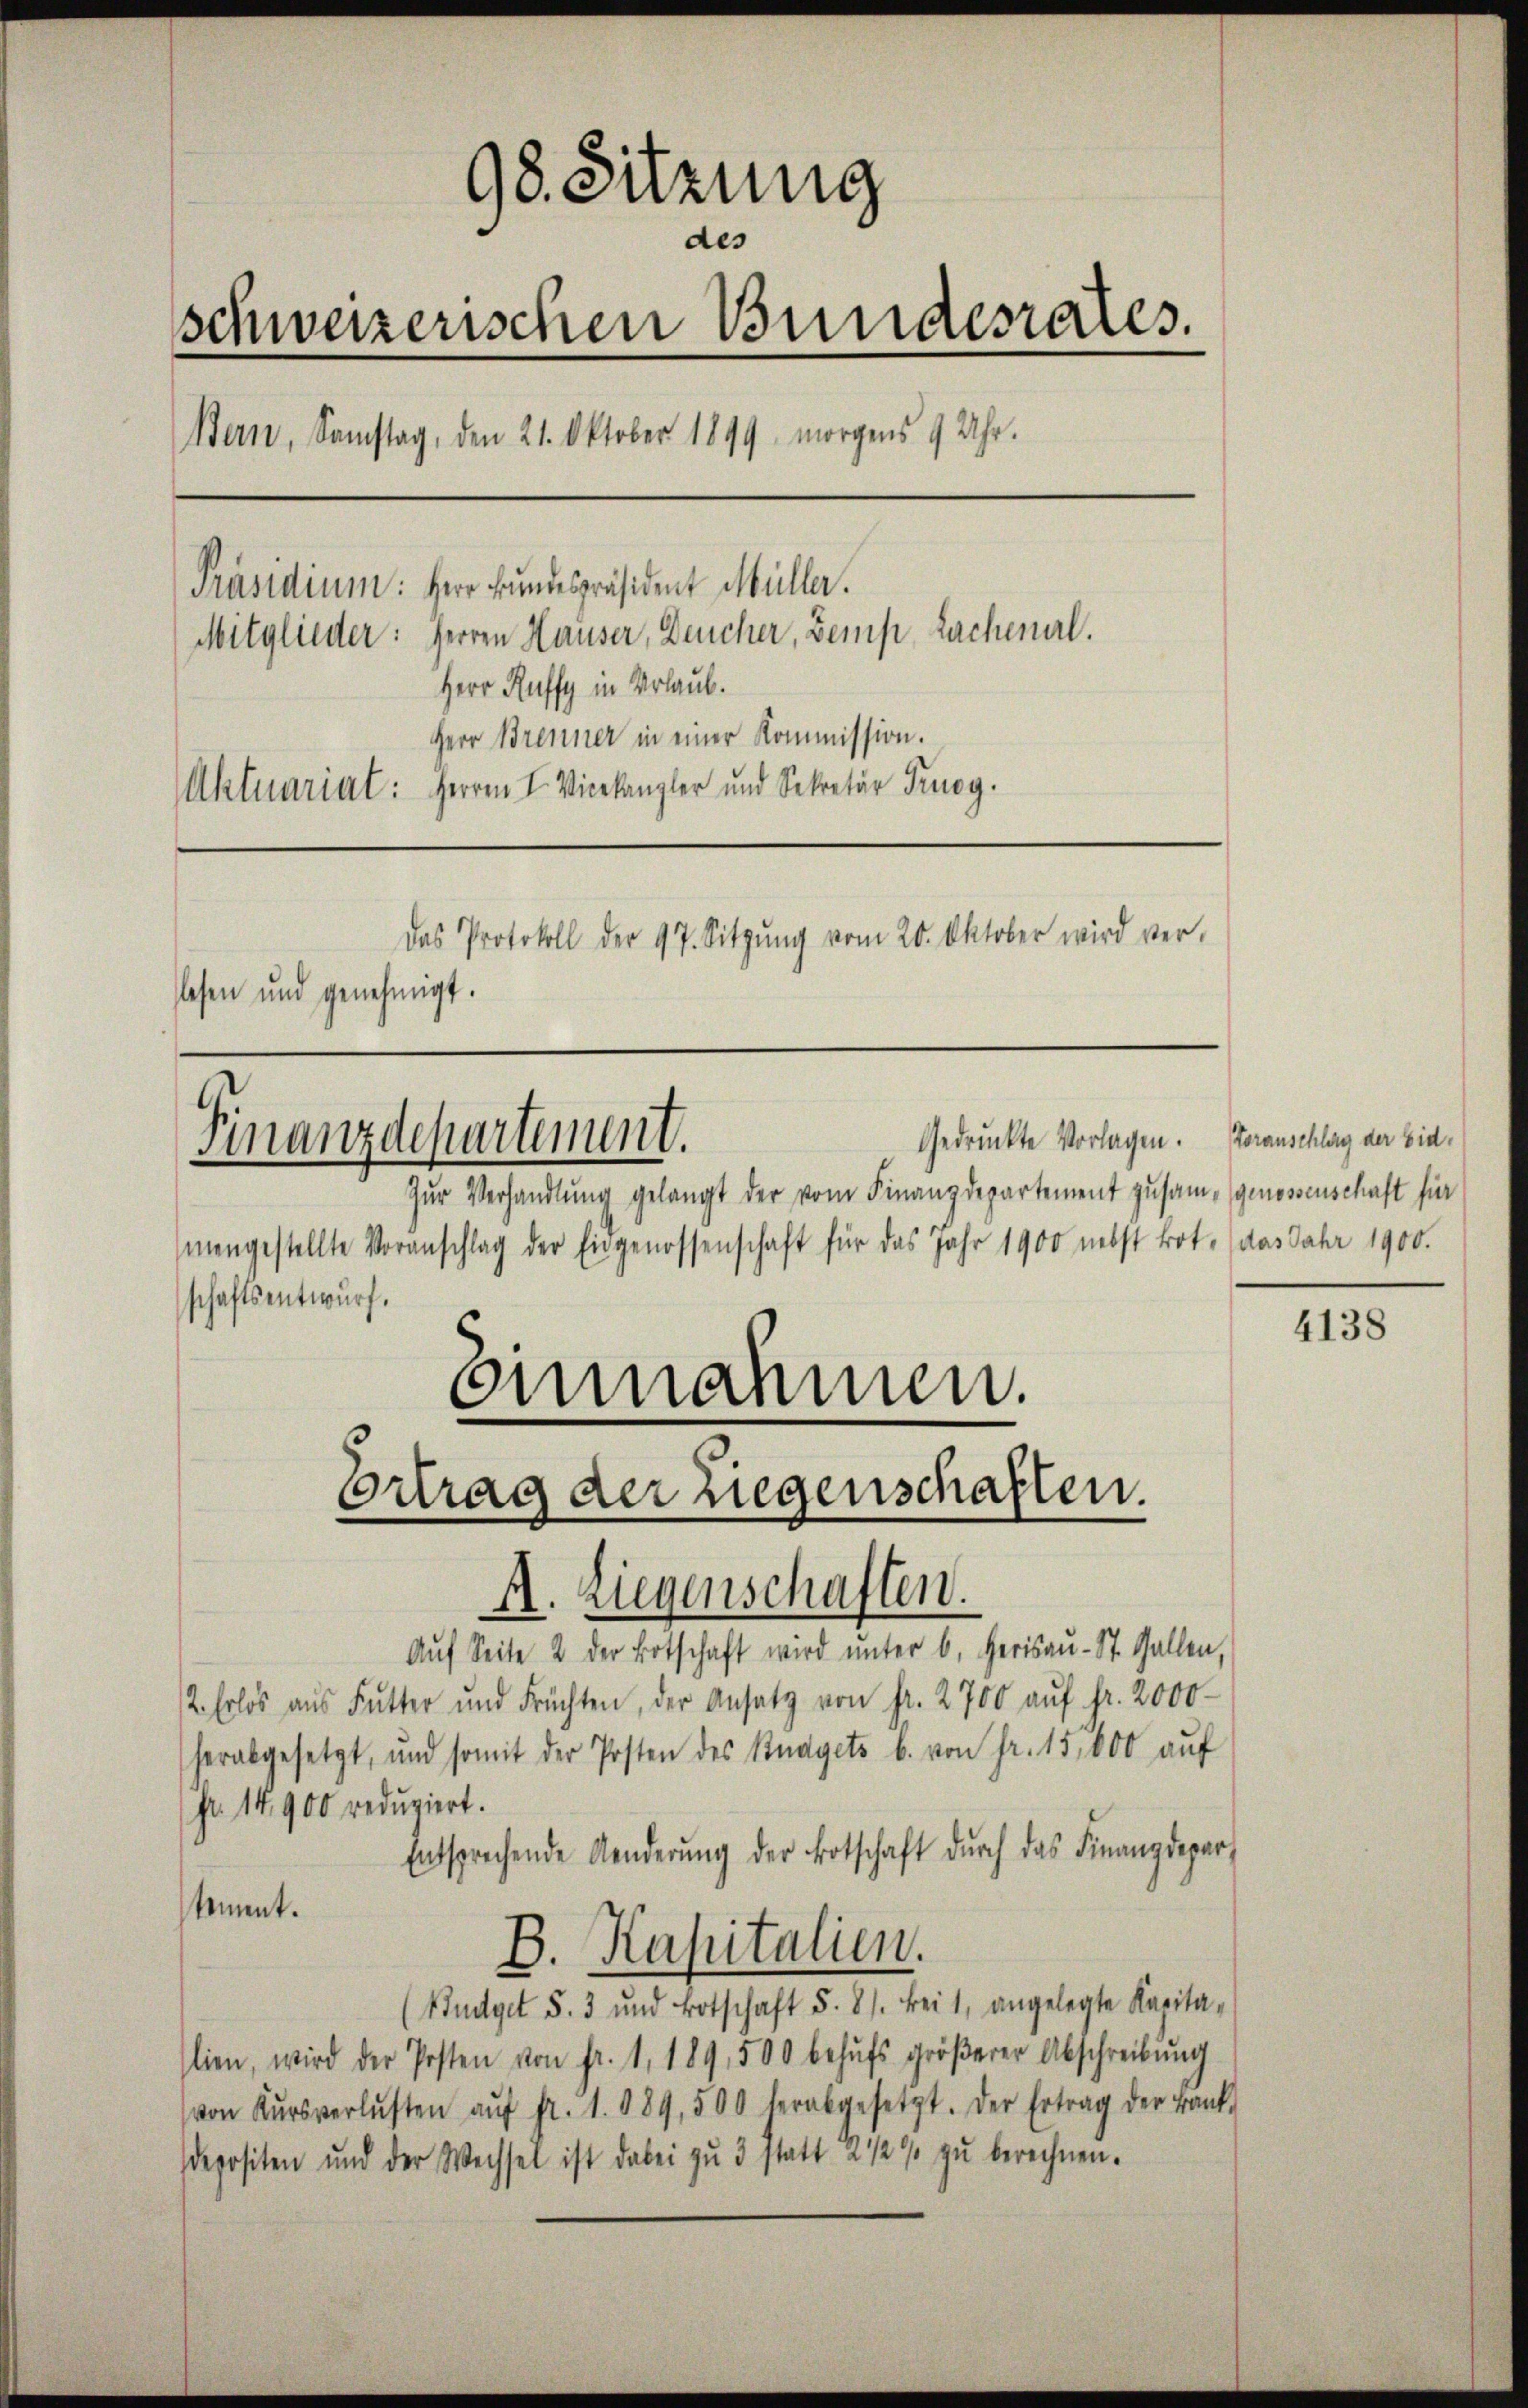
98. Sitzung
des
schweizerischen Bundesrates.
Bern, Samstag, den 21. Oktober 1899. morgens 9 Uhr.
[Präsidium: Herr Bundespräsident Müller.
Mitglieder: Herren Häuser, Deucher, Zemp Lachenal.
Herr Ruffy in Urlaub.
Herr Brenner in einer Kommission.
Aktuariat: Herren I Vicekanzler und Sekretär Truog.
Das Protokoll der 97. Sitzŭng vom 20. Oktober wird ver-
lesen und genehmigt.

mengestellte Voranschlag der Eingenossenschaft für das Jahr 1900 nebst tot. (das Jahr 1900.
schaftsentwurf.
Einnahmen.

Aŭf Seite 2 der Botschaft wird ŭnter 6. Herisaŭ- St. Gallen,
2. Erlös aus Futter und Früchten, der Ansatz von fr. 2700 aŭf fr. 2000
herabgesetzt, und somit der Posten des Knagets b. von Fr. 15,000 aŭf
Nr. 14900 reduziert.
Entsprechende Aenderung der Botschaft durch das Finanzdepartement.
B. Kapitalien.
(Budget S. 3 und Botschaft §. 81. bei 1, angelegte Karita-
lien, wird der Posten von fr. 1. 189, 500 behŭfs gröβerer Abschreibŭng
von Kŭrsverlusten aŭf fr. 1. 1089, 500 herabgesetzt. Der Ertrag der Bank-
depositen und der Wechsel ist dabei zu 3 statt 2 1/2% zu berechnen.

Finanzdepartement.

Zŭr Verhandlung gelangt der vom Finanzdepartement zusam- genossenschaft für

Gedrückte Vorlagen. Voranschlag der Eid¬

Ertrag der Liegenschaften.
A. Liegenschaften.

4138